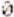
0